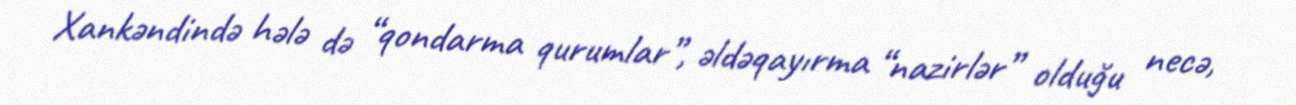
Xankəndində hələ də “qondarma qurumlar”, əldəqayırma “nazirlər” olduğu necə,